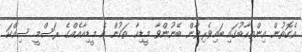
އެގޮތުން އިންތިހާބުގައި ބައިވެރިވާން ބޭނުންވާ މީޑިއާ ތަކުން އެ މީޑިއާއެއްގެ ރަސްމީ ސިއްކަ